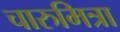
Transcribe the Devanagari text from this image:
चारुमित्रा